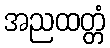
အညထတ္တံ